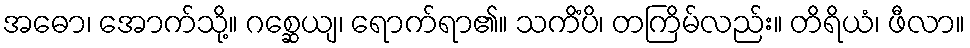
အဓော၊ အောက်သို့။ ဂစ္ဆေယျ၊ ရောက်ရာ၏။ သကိံပိ၊ တကြိမ်လည်း။ တိရိယံ၊ ဖီလာ။